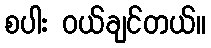
စပါး ဝယ်ချင်တယ်။